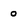
Character: 0